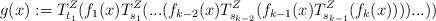
LaTeX: \begin{align*}g(x):=T_{t_1}^Z(f_1(x)T_{s_1}^Z(...(f_{k-2}(x)T_{s_{k-2}}^Z(f_{k-1}(x)T_{s_{k-1}}^Z(f_k(x))))...))\end{align*}